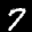
Label: 7